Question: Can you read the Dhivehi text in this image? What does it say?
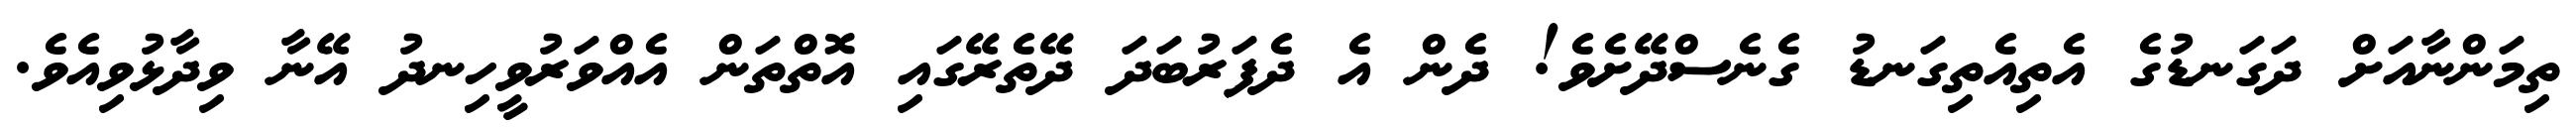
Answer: ތިމަންނާއަށް ދަގަނޑުގެ އެތިއެތިގަނޑު ގެނެސްދޭށެވެ! ދެން އެ ދެފަރުބަދަ ދޭތެރޭގައި އޮތްތަން އެއްވަރުވީހިނދު އޭނާ ވިދާޅުވިއެވެ.